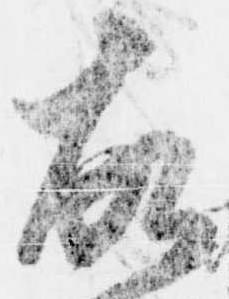
故